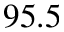
9 5 . 5